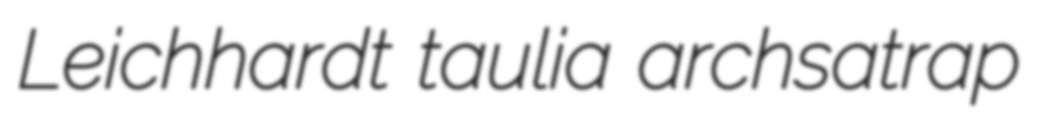
Leichhardt taulia archsatrap